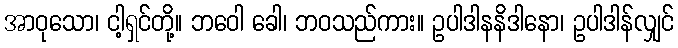
အာဝုသော၊ ငါ့ရှင်တို့။ ဘဝေါ ခေါ၊ ဘဝသည်ကား။ ဥပါဒါနနိဒါနော၊ ဥပါဒါန်လျှင်